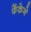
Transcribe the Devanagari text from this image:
फेंकेगे